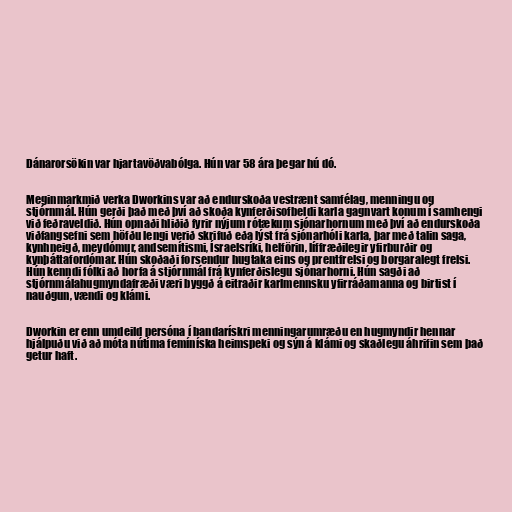
Dánarorsökin var hjartavöðvabólga. Hún var 58 ára þegar hú dó.

Meginmarkmið verka Dworkins var að endurskoða vestrænt samfélag, menningu og
stjórnmál. Hún gerði það með því að skoða kynferðisofbeldi karla gagnvart konum í samhengi
við feðraveldið. Hún opnaði hliðið fyrir nýjum rótækum sjónarhornum með því að endurskoða
viðfangsefni sem höfðu lengi verið skrifuð eða lýst frá sjónarhóli karla, þar með talin saga,
kynhneigð, meydómur, andsemítismi, Ísraelsríki, helförin, líffræðilegir yfirburðir og
kynþáttafordómar. Hún skoðaði forsendur hugtaka eins og prentfrelsi og borgaralegt frelsi.
Hún kenndi fólki að horfa á stjórnmál frá kynferðislegu sjónarhorni. Hún sagði að
stjórnmálahugmyndafræði væri byggð á eitraðir karlmennsku yfirráðamanna og birtist í
nauðgun, vændi og klámi.

Dworkin er enn umdeild persóna í bandarískri menningarumræðu en hugmyndir hennar
hjálpuðu við að móta nútíma femíníska heimspeki og sýn á klámi og skaðlegu áhrifin sem það
getur haft.